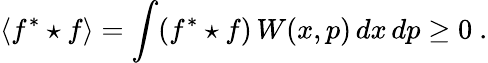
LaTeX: \langle f^{*}\star f\rangle=\int(f^{*}\star f)\, W(x,p)\, dx\, dp\geq 0~.